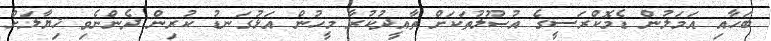
ބަހާއި އަމަލުން ޑެމޮކްރަސީގެ އުޞޫލުތަކަށް ތާއީދުކުރާ މީހުން އަޅުގަނޑު ކުރިން ދެންނެވި ޚިޔާލަށް